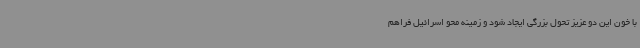
با خون این دو عزیز تحول بزرگی ایجاد شود و زمینه محو اسرائیل فراهم